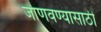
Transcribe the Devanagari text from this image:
जाणवण्यासाठी